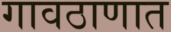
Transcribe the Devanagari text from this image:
गावठाणात